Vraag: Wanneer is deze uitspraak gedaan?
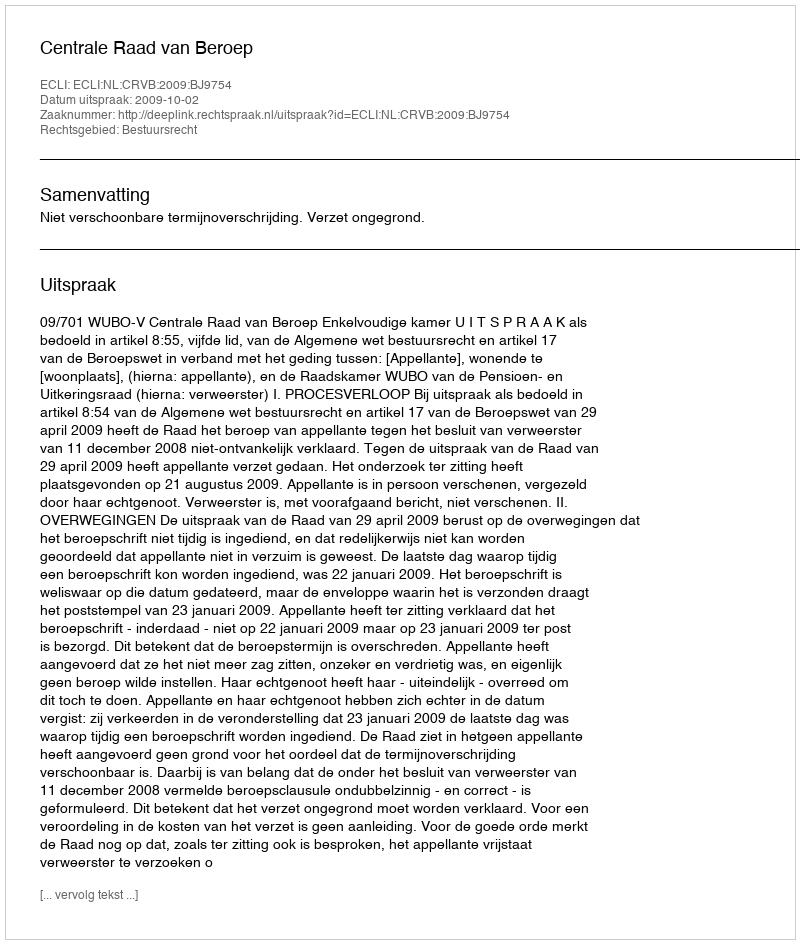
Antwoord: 2009-10-02